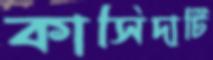
কাসিদাটি